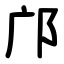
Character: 邝